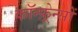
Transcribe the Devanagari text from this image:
कॉन्फ़्रेन्सों